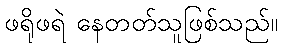
ဖရိုဖရဲ နေတတ်သူဖြစ်သည်။